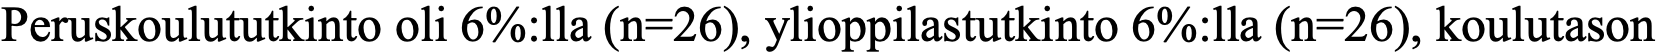
Peruskoulututkinto oli 6%:lla (n=26), ylioppilastutkinto 6%:lla (n=26), koulutason